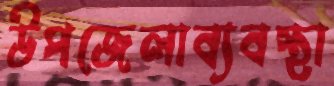
উপজেলাব্যবস্থা